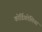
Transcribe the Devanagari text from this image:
कोर्डिफ़ोलिया